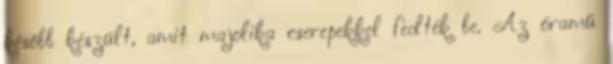
később készült, amit majolika cserepekkel fedték be. Az óramű